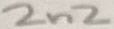
Text: 2n2